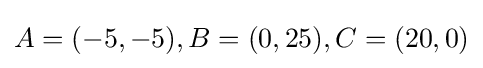
A=(-5,-5),B=(0,25),C=(20,0)